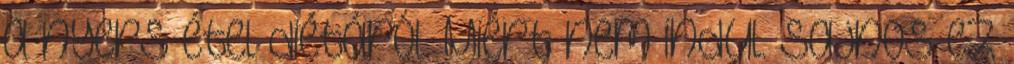
a nyers étel diétáról. Miért nem indul. Sajnos ez